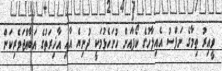
ވީއިރު ތިމާގެ ނަފްސު އެއިލާހުގެ ކޯފާއަށް ހުށަހެޅުމަކީ ދުނިޔެ އާއި އާޚިރަތުގެ އަބާއްޖަވެރިކަން